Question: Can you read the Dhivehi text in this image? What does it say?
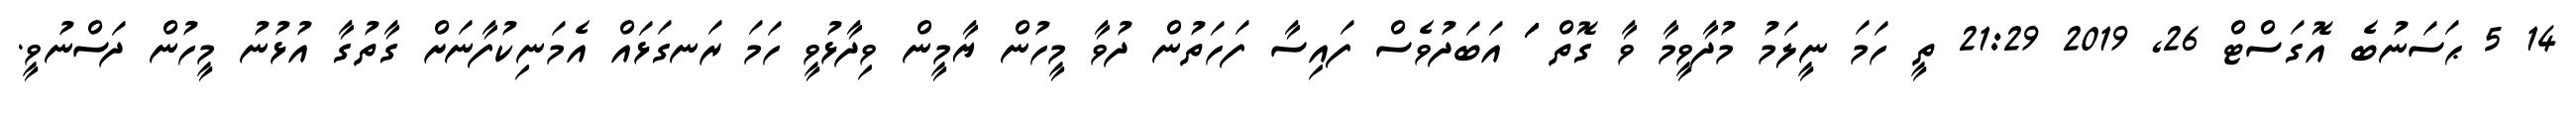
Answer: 14 5 ޙަސަނުބެ އޮގަސްޓް 26, 2019 21:29 ތީ ހަމަ ނީލަމު މުދާވީމާ ވާ ގޮތް ަަަަަަަަަަަަަަަަަަަ އަބަދުވެސް ފައިސާ ފަހަތުން ދުވާ މީހުން ޔާމީން ވިދާޅުވީ ހަމަ ރަނގަޅައް އެމަނިކުފާނަށް ގާތުގާ އުޅުނު މީހުން ދަސްނުވީ.